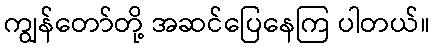
ကျွန်တော်တို့ အဆင်ပြေနေကြ ပါတယ်။